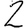
Digit: 2